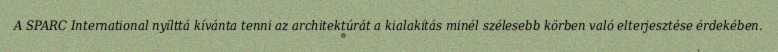
A SPARC International nyílttá kívánta tenni az architektúrát a kialakítás minél szélesebb körben való elterjesztése érdekében.